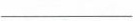
___